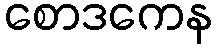
စောဒကေန